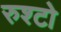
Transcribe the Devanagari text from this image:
रुश्टो